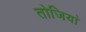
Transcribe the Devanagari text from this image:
तोजियां